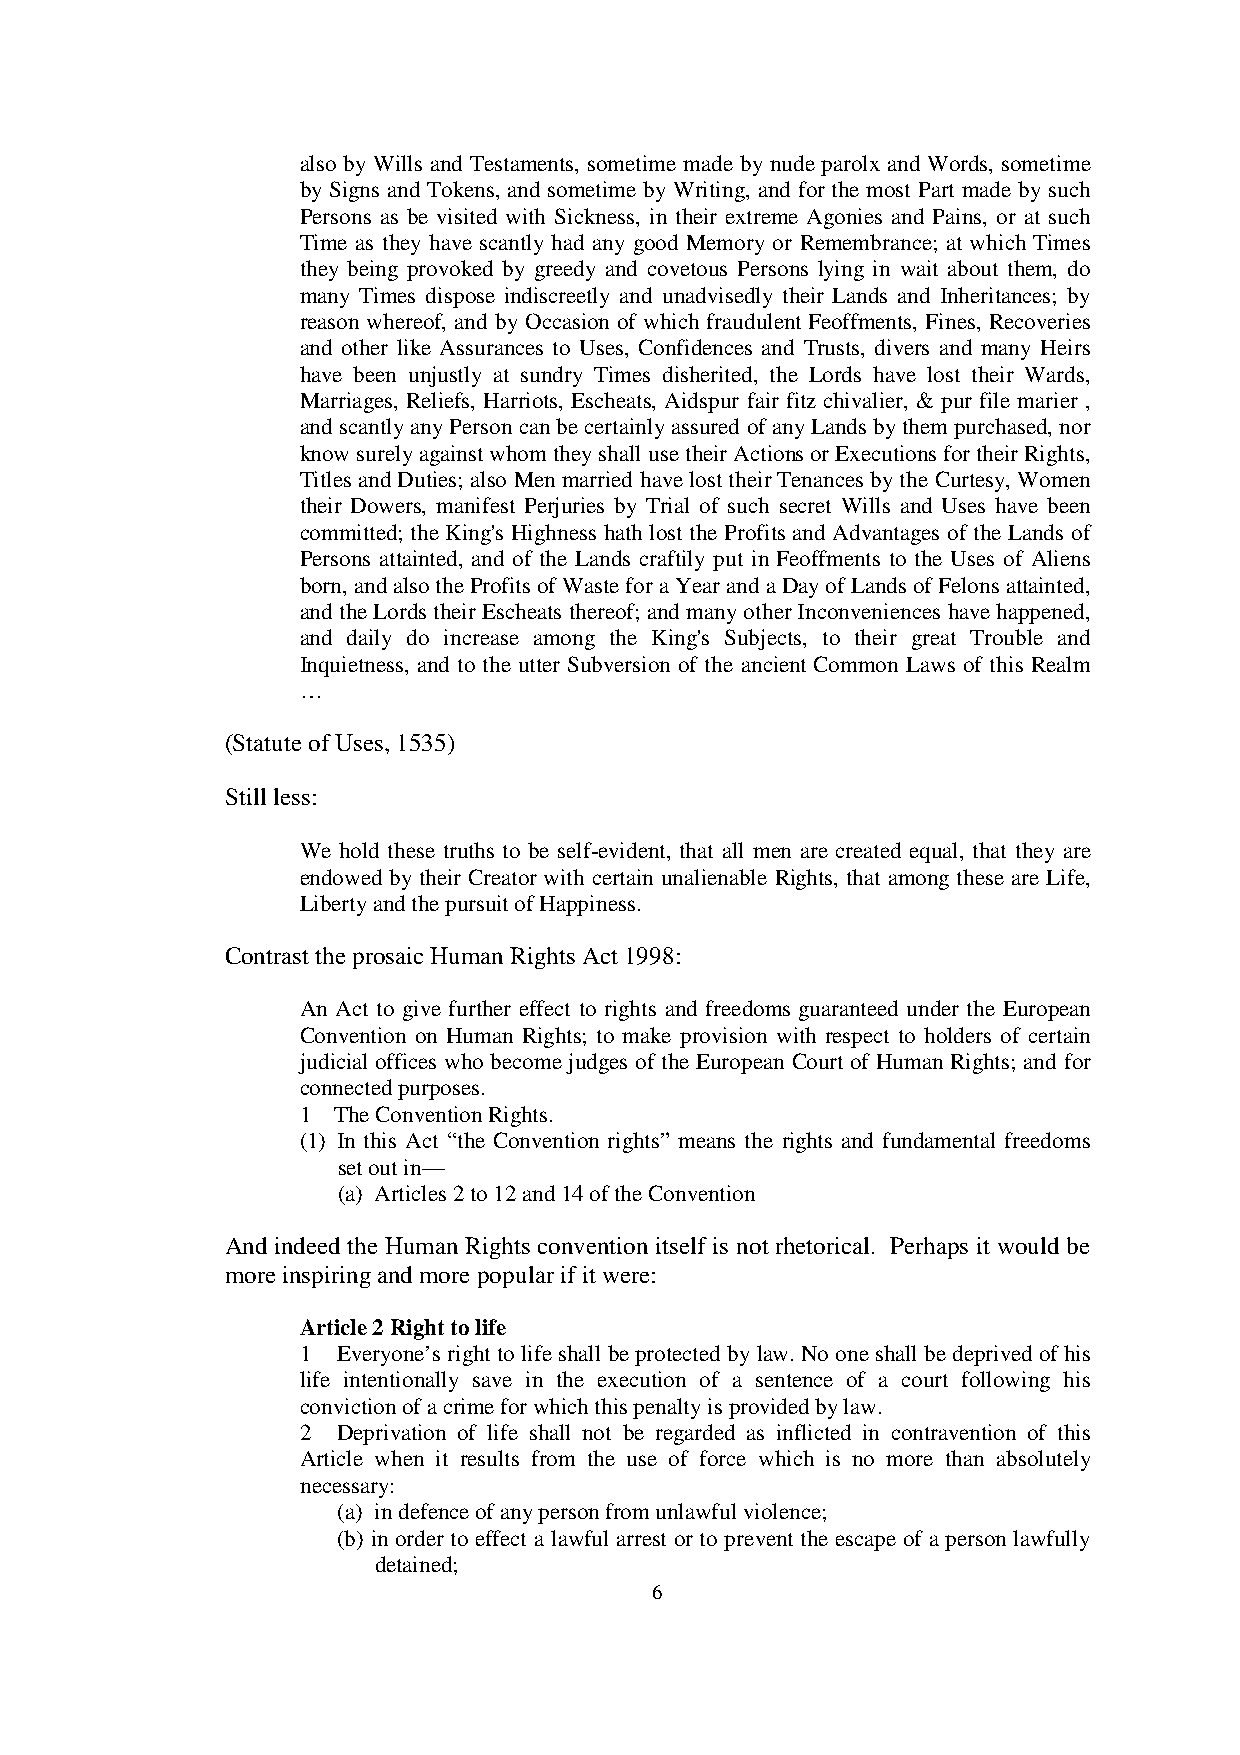
also by Wills and Testaments, sometime made by nude parolx and Words, sometime
 by Signs and Tokens, and sometime by Writing, and for the most Part made by such
 Persons as be visited with Sickness, in their extreme Agonies and Pains, or at such
 Time as they have scantly had any good Memory or Remembrance; at which Times
 they being provoked by greedy and covetous Persons lying in wait about them, do
 many Times dispose indiscreetly and unadvisedly their Lands and Inheritances; by
 reason whereof, and by Occasion of which fraudulent Feoffments, Fines, Recoveries
 and other like Assurances to Uses, Confidences and Trusts, divers and many Heirs
 have been unjustly at sundry Times disherited, the Lords have lost their Wards,
 Marriages, Reliefs, Harriots, Escheats, Aidspur fair fitz chivalier, & pur file marier ,
 and scantly any Person can be certainly assured of any Lands by them purchased, nor
 know surely against whom they shall use their Actions or Executions for their Rights,
 Titles and Duties; also Men married have lost their Tenances by the Curtesy, Women
 their Dowers, manifest Perjuries by Trial of such secret Wills and Uses have been
 committed; the King's Highness hath lost the Profits and Advantages of the Lands of
 Persons attainted, and of the Lands craftily put in Feoffments to the Uses of Aliens
 born, and also the Profits of Waste for a Year and a Day of Lands of Felons attainted,
 and the Lords their Escheats thereof; and many other Inconveniences have happened,
 and daily do increase among the King's Subjects, to their great Trouble and
 Inquietness, and to the utter Subversion of the ancient Common Laws of this Realm
 …
 (Statute of Uses, 1535)
 Still less:
 We hold these truths to be self-evident, that all men are created equal, that they are
 endowed by their Creator with certain unalienable Rights, that among these are Life,
 Liberty and the pursuit of Happiness.
 Contrast the prosaic Human Rights Act 1998:
 An Act to give further effect to rights and freedoms guaranteed under the European
 Convention on Human Rights; to make provision with respect to holders of certain
 judicial offices who become judges of the European Court of Human Rights; and for
 connected purposes.
 1 The Convention Rights.
 (1) In this Act “the Convention rights” means the rights and fundamental freedoms
 set out in—
 (a) Articles 2 to 12 and 14 of the Convention
 And indeed the Human Rights convention itself is not rhetorical. Perhaps it would be
 more inspiring and more popular if it were:
 Article 2 Right to life
 1 Everyone’s right to life shall be protected by law. No one shall be deprived of his
 life intentionally save in the execution of a sentence of a court following his
 conviction of a crime for which this penalty is provided by law.
 2 Deprivation of life shall not be regarded as inflicted in contravention of this
 Article when it results from the use of force which is no more than absolutely
 necessary:
 (a) in defence of any person from unlawful violence;
 (b) in order to effect a lawful arrest or to prevent the escape of a person lawfully
 detained;
 6